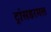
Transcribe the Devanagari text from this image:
ट्रांसडरमल